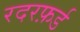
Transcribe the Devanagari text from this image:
रदरफ़र्ड